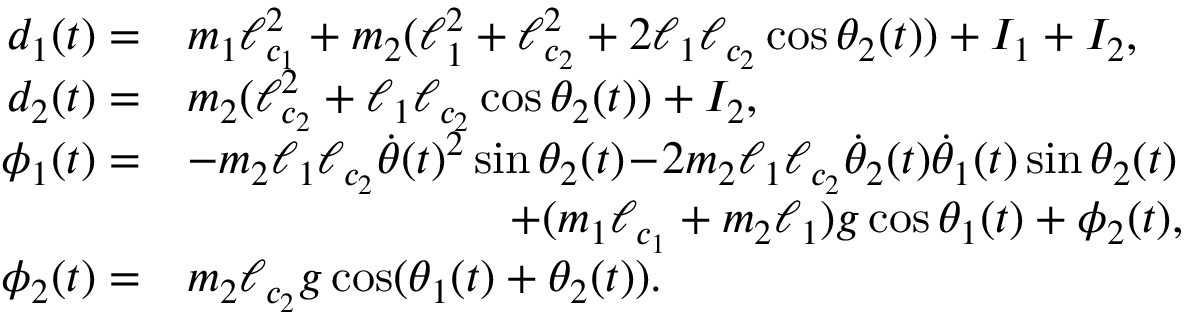
\begin{array} { r l } { d _ { 1 } ( t ) = } & { m _ { 1 } \ell _ { c _ { 1 } } ^ { 2 } + m _ { 2 } ( \ell _ { 1 } ^ { 2 } + \ell _ { c _ { 2 } } ^ { 2 } + 2 \ell _ { 1 } \ell _ { c _ { 2 } } \cos \theta _ { 2 } ( t ) ) + I _ { 1 } + I _ { 2 } , } \\ { d _ { 2 } ( t ) = } & { m _ { 2 } ( \ell _ { c _ { 2 } } ^ { 2 } + \ell _ { 1 } \ell _ { c _ { 2 } } \cos \theta _ { 2 } ( t ) ) + I _ { 2 } , } \\ { \phi _ { 1 } ( t ) = } & { - m _ { 2 } \ell _ { 1 } \ell _ { c _ { 2 } } \dot { \theta } ( t ) ^ { 2 } \sin \theta _ { 2 } ( t ) \! - \! 2 m _ { 2 } \ell _ { 1 } \ell _ { c _ { 2 } } \dot { \theta } _ { 2 } ( t ) \dot { \theta } _ { 1 } ( t ) \sin \theta _ { 2 } ( t ) } \\ & { \qquad \qquad \qquad \quad + ( m _ { 1 } \ell _ { c _ { 1 } } + m _ { 2 } \ell _ { 1 } ) g \cos \theta _ { 1 } ( t ) + \phi _ { 2 } ( t ) , } \\ { \phi _ { 2 } ( t ) = } & { m _ { 2 } \ell _ { c _ { 2 } } g \cos ( \theta _ { 1 } ( t ) + \theta _ { 2 } ( t ) ) . } \end{array}